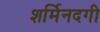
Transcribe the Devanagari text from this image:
शर्मिनदगी